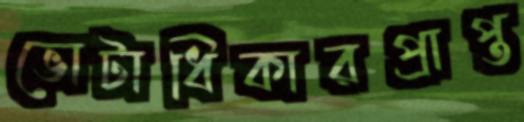
ভোটাধিকারপ্রাপ্ত